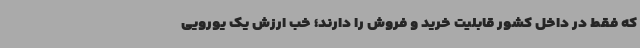
که فقط در داخل کشور قابلیت خرید و فروش را دارند؛ خب ارزش یک یورویی